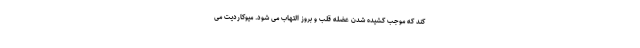
کند که موجب کشیده شدن عضله قلب و بروز التهاب می شود. میوکاردیت می